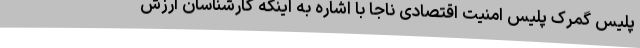
پلیس گمرک پلیس امنیت اقتصادی ناجا با اشاره به اینکه کارشناسان ارزش